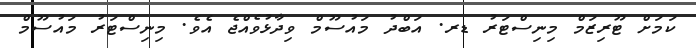
ކަމަށް ޓޫރިޒަމް މިނިސްޓަރު ޑރ. އަބްދު މައުސޫމް ވިދާޅުވެއްޖެ އެވެ. މިނިސްޓަރު މައުސޫމް